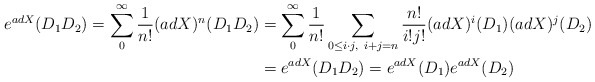
\begin{align*}e^{adX}(D_1D_2) = \sum_0^\infty\frac{1}{n!}(ad X)^n(D_1D_2) &= \sum_0^\infty\frac{1}{n!}\sum_{0\leq i\cdot j,~i+j = n}\frac{n!}{i!j!}(adX)^i(D_1)(adX)^j(D_2)\\& = e^{adX}(D_1D_2) = e^{adX}(D_1)e^{adX}(D_2)\end{align*}